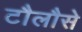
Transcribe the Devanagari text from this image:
टौलौसे